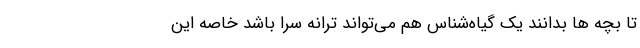
تا بچه ها بدانند یک گیاه‌شناس هم می‌تواند ترانه سرا باشد خاصه این